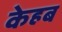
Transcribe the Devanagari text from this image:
केहब